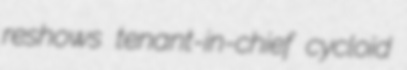
reshows tenant-in-chief cycloid